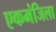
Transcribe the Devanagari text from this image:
एकमंजिला